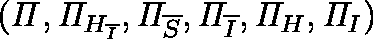
( \mathit { \Pi } , \mathit { \Pi } _ { H _ { \overline { { I } } } } , \mathit { \Pi } _ { \overline { { S } } } , \mathit { \Pi } _ { \overline { { I } } } , \mathit { \Pi } _ { H } , \mathit { \Pi } _ { I } )